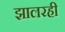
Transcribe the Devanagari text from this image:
झालरही